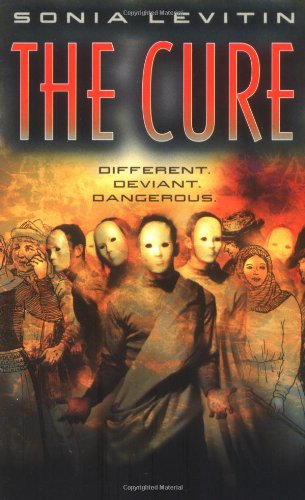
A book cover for The Cure; Sonia Levitin; Teen & Young Adult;